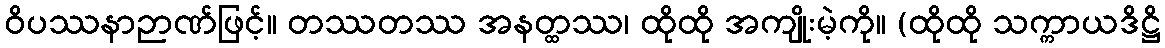
ဝိပဿနာဉာဏ်ဖြင့်။ တဿတဿ အနတ္ထဿ၊ ထိုထို အကျိုးမဲ့ကို။ (ထိုထို သက္ကာယဒိဋ္ဌိ